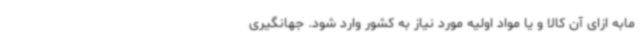
مابه ازای آن کالا و یا مواد اولیه مورد نیاز به کشور وارد شود. جهانگیری